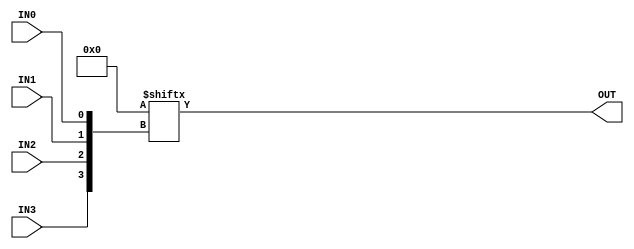
module GP_4LUT(
	input wire IN0,
	input wire IN1,
	input wire IN2,
	input wire IN3,
	output wire OUT);
	parameter [15:0] INIT = 0;
	assign OUT = INIT[{IN3, IN2, IN1, IN0}];
endmodule